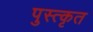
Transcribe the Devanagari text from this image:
पुस्त्कृत